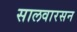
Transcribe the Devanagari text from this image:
सालवारसन